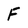
Character: F